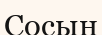
Сосын